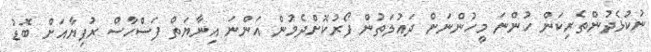
ނުކުޅެދުންތެރިކަން ހުންނަ މީހުންނަށް ދައުލަތުން ފޯރުކޮށްދެމުން އަންނަ އިނާޔަތް ފަސްހާސް ރުފިޔާއަށް ބޮޑު